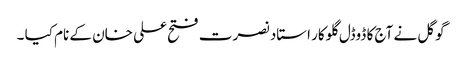
گوگل نے آج کا ڈوڈل گلوکار استاد نصرت فتح علی خان کے نام کیا ۔